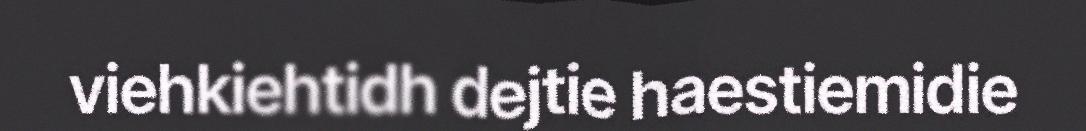
viehkiehtidh dejtie haestiemidie